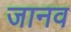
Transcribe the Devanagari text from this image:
जानव